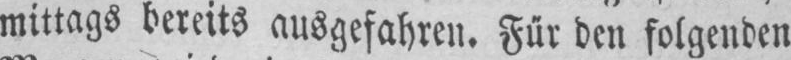
mittags bereits ausgefahren. Für den folgenden